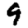
Digit: 9